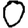
Digit: 0